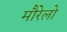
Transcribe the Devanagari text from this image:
मौरेलो